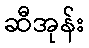
ဆီအုန်း